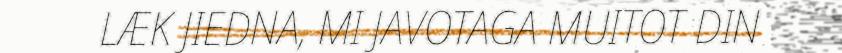
LÆK JIEDNA, MI JAVOTAGA MUITOT DIN